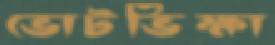
ভোটভিক্ষা